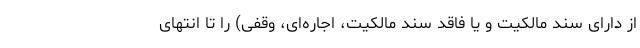
از دارای سند مالکیت و یا فاقد سند مالکیت، اجاره‌ای، وقفی) را تا انتهای